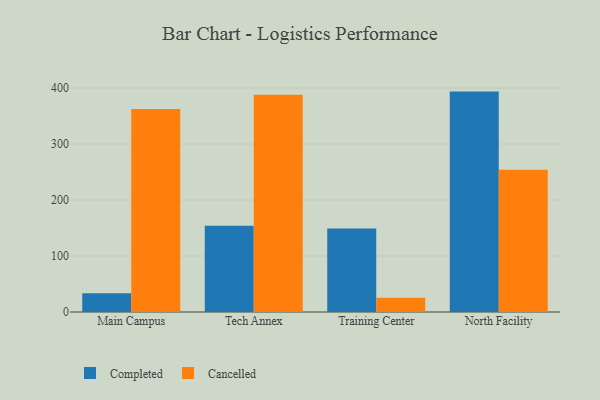
{"axis": {"x": "Campus", "y": "Shipments"}, "legend": ["Cancelled", "Completed"], "data": [{"x": "Main Campus", "y": 33.3, "type": "Completed"}, {"x": "Main Campus", "y": 362.5, "type": "Cancelled"}, {"x": "Tech Annex", "y": 154.2, "type": "Completed"}, {"x": "Tech Annex", "y": 388.2, "type": "Cancelled"}, {"x": "Training Center", "y": 149.0, "type": "Completed"}, {"x": "Training Center", "y": 25.5, "type": "Cancelled"}, {"x": "North Facility", "y": 393.7, "type": "Completed"}, {"x": "North Facility", "y": 254.2, "type": "Cancelled"}]}